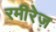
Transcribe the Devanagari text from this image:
रमीरेज़